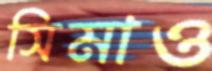
সিমাও